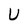
Character: U